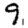
Digit: 9